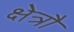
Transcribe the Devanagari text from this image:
क्षेत्रौ